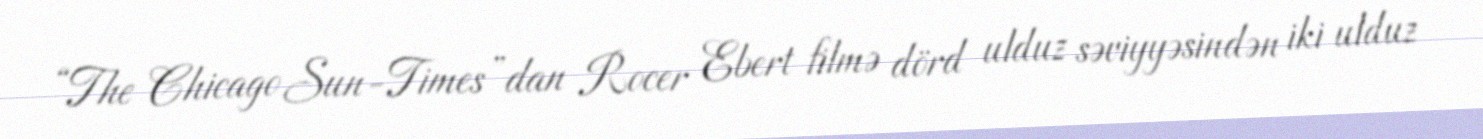
“The Chicago Sun-Times”dan Rocer Ebert filmə dörd ulduz səviyyəsindən iki ulduz